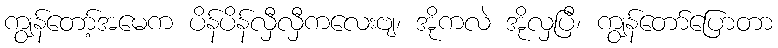
ကျွန်တော့်အမေက ပိန်ပိန်လှီလှီကလေးဗျ၊ အိုကလဲ အိုလှပြီ၊ ကျွန်တော်ပြောတာ